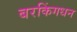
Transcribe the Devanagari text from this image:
बरकिंगधन